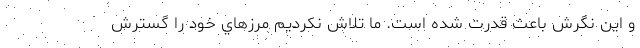
و اين نگرش باعث قدرت شده است. ما تلاش نكرديم مرزهاي خود را گسترش